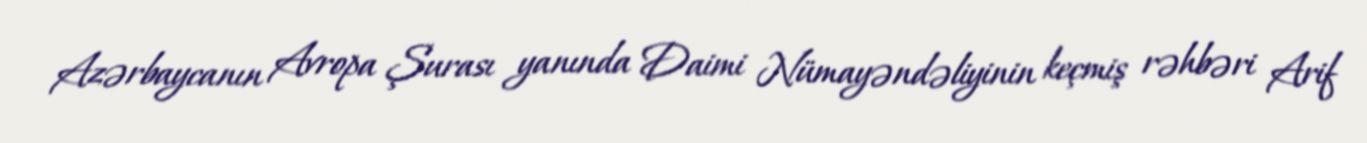
Azərbaycanın Avropa Şurası yanında Daimi Nümayəndəliyinin keçmiş rəhbəri Arif